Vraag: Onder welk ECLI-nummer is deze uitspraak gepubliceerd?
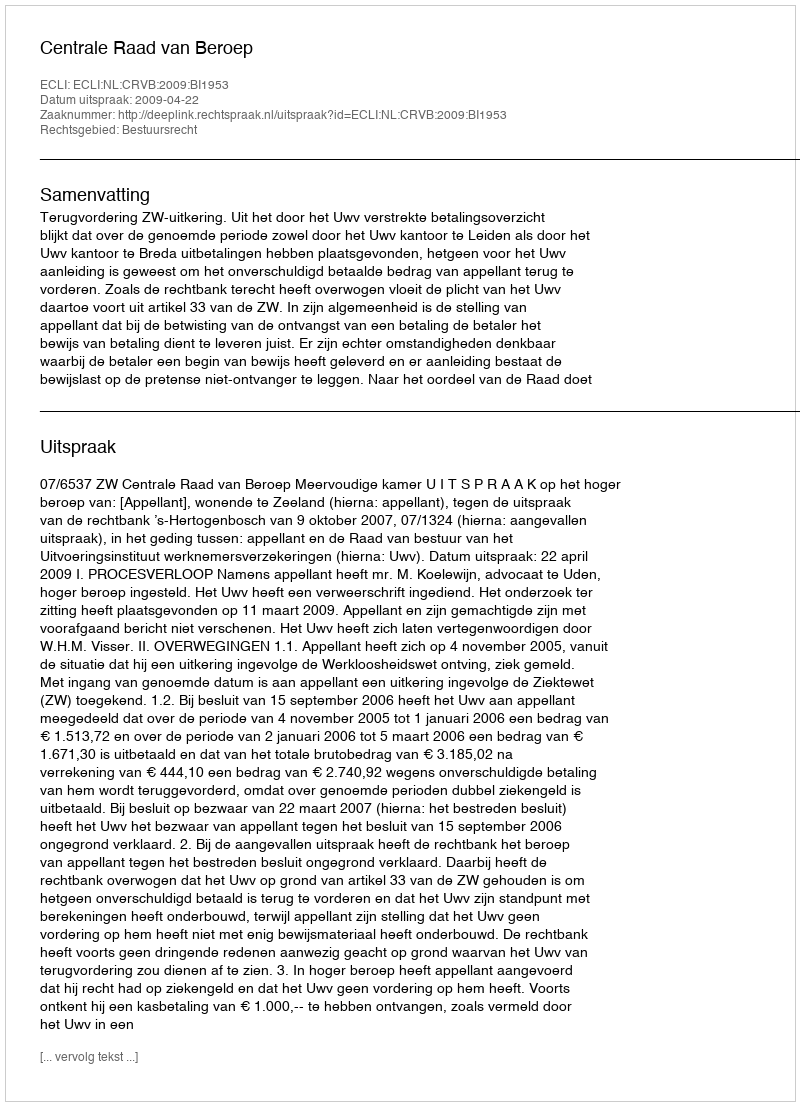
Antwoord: ECLI:NL:CRVB:2009:BI1953